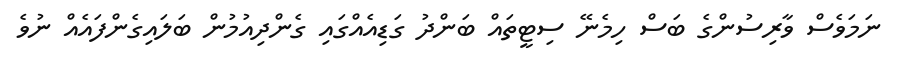
ނަމަވެސް ވާރިސުންގެ ބަސް ހިމެނޭ ސިޓީތައް ބަންދު ގަޑިއެއްގައި ގެންދިއުމުން ބަަލައިގެންފައެއް ނުވެ